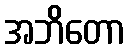
အဘိတော